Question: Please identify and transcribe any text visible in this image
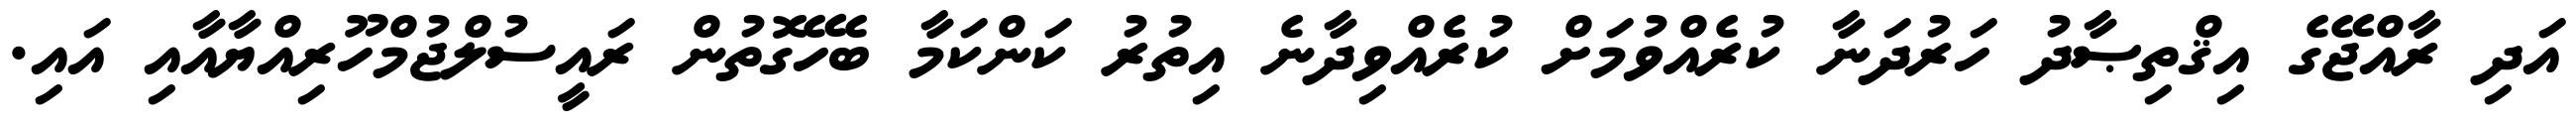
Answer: އަދި ރާއްޖޭގެ އިޤްތިޞާދު ހަރުދަނާ ކުރެއްވުމަށް ކުރެއްވިދާނެ އިތުރު ކަންކަމާ ބެހޭގޮތުން ރައީސުލްޖުމްހޫރިއްޔާއާއި އައި.